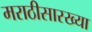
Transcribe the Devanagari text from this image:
मराठीसारख्या